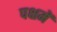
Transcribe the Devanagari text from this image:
पक्षमें